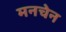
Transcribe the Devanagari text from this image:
मनचेन